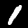
Digit: 1